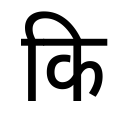
OCR:
कि